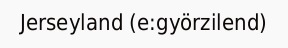
Jerseyland (e:györzilend)